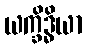
ယက္ခိဒ္ဓိယာ